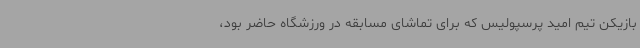
بازیکن تیم امید پرسپولیس که برای تماشای مسابقه در ورزشگاه حاضر بود،